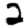
Digit: 2